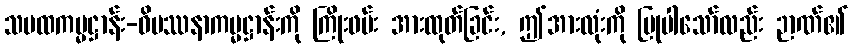
သမထကမ္မဋ္ဌာန်း-ဝိပဿနာကမ္မဋ္ဌာန်းကို ကြိုးဖမ်း အားထုတ်ခြင်း, ဤအားလုံးကို ပြုပါသော်လည်း ဉာဏ်၏